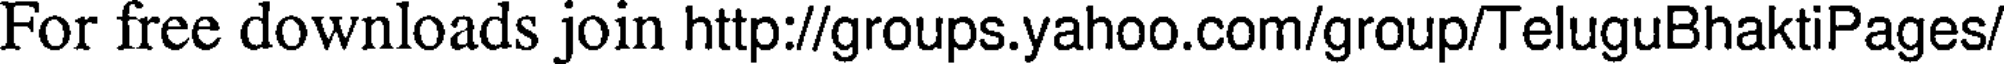
For free downloads join http://groups.yahoo.com/group/TeluguBhaktiPages/